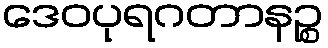
ဒေဝပုရဂတာနဉ္စ